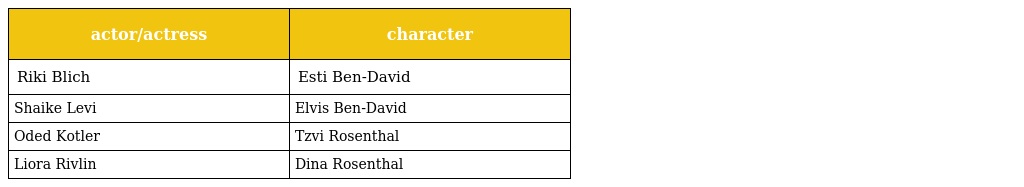
| actor/actress | character |
 | --- | --- |
 | Riki Blich | Esti Ben-David |
 | Shaike Levi | Elvis Ben-David |
 | Oded Kotler | Tzvi Rosenthal |
 | Liora Rivlin | Dina Rosenthal |